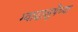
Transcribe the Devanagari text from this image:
ग्वादालुपेच्या